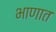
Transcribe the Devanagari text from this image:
भाणात